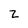
Character: z